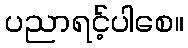
ပညာရင့်ပါစေ။